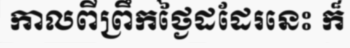
កាលពីព្រឹកថ្ងៃដដែរនេះ ក៏